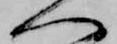
へ